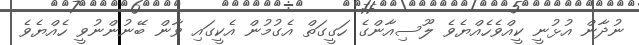
ނުދާން އުޅުނީ ކީއްވެހެއްޔެވެ ލޫސިއާންގެ ހަގީގަތް އެގުމުން އެކީގައި ވާން ބޭނުންނުވީ ހެއްޔެވެ